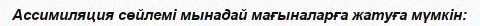
Ассимиляция сөйлемі мынадай мағыналарға жатуға мүмкін: